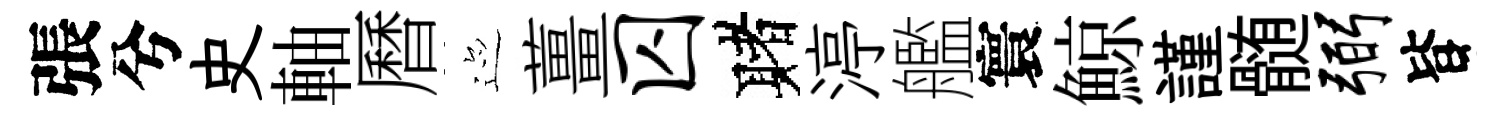
張兮史軸曆迹薑囚赌渟艦寰鯨謹髄弼𣅜